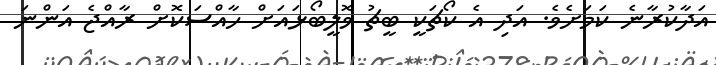
އަދާކުރާނެ ކަމަށެވެ. އަދި އެ ކޯޗަކީ ބީޗު ވޮލީބޯޅައަށް ހާއްސަކޮށް ރާއްޖެ އަންނަ